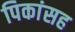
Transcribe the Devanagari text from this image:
पिकांसह